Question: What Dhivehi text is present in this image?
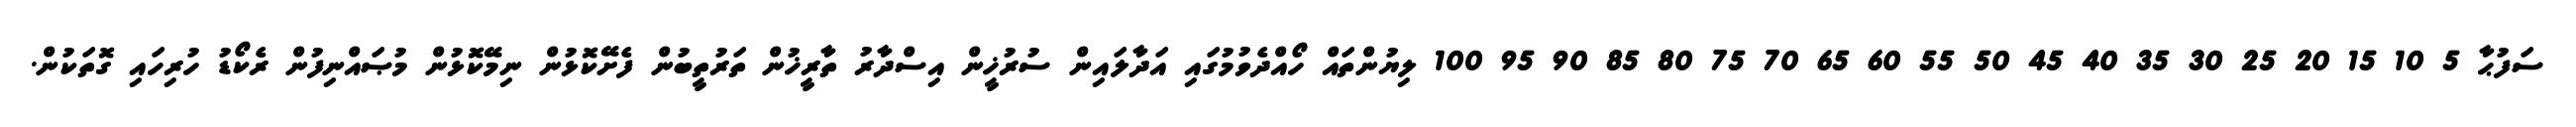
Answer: ސަފުޙާ 5 10 15 20 25 30 35 40 45 50 55 60 65 70 75 80 85 90 95 100 ލިޔުންތައް ހޯއްދެވުމުގައި އަދާލައިން ސުރުޚީން އިސްދާރު ތާރީޚުން ތަރުތީބުން ފެށޭކޮޅުން ނިމޭކޮޅުން މުޞައްނިފުން ރެކޯޑު ހުރިހައި ގޮތަކުން.